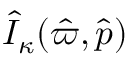
\hat { \cal I } _ { \kappa } ( \hat { \varpi } , \hat { p } )